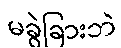
မခွဲခြားဘဲ